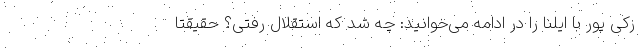
زکی پور با ایلنا را در ادامه می‌خوانید: چه شد که استقلال رفتی؟ حقیقتا